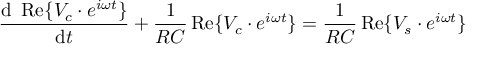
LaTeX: { \frac { \mathrm { d } \ \operatorname { R e } \{ V _ { c } \cdot e ^ { i \omega t } \} } { \mathrm { d } t } } + { \frac { 1 } { R C } } \operatorname { R e } \{ V _ { c } \cdot e ^ { i \omega t } \} = { \frac { 1 } { R C } } \operatorname { R e } \{ V _ { s } \cdot e ^ { i \omega t } \}